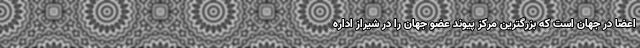
اعضا در جهان است که بزرگترین مرکز پیوند عضو جهان را در شیراز اداره